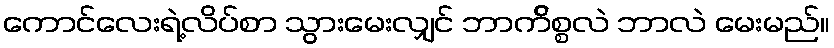
ကောင်လေးရဲ့လိပ်စာ သွားမေးလျှင် ဘာက်ိစ္စလဲ ဘာလဲ မေးမည်။